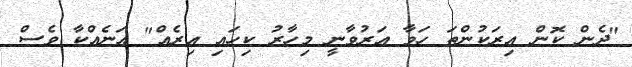
"ދެން ކޮން އިރަކުންތަ ހަވާ އަރުވާނީ މިހާރު ކިހައި އިރެއް" އަނެއްކާ ވެސް